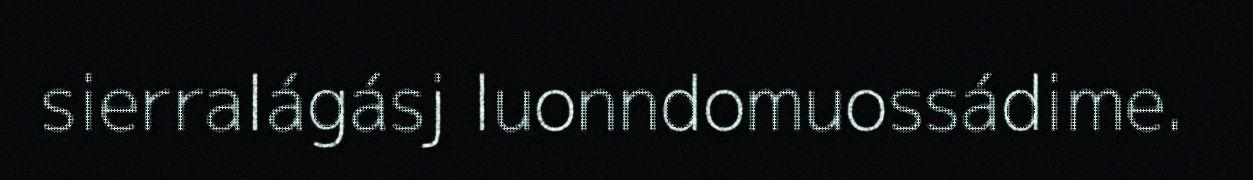
sierralágásj luonndomuossádime.